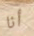
أنا